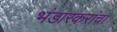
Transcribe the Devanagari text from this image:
भंडारकरांचा